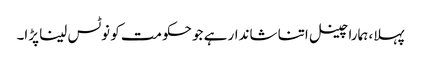
پہلا، ہمارا چینل اتنا شاندار ہے جو حکومت کو نوٹس لینا پڑا۔